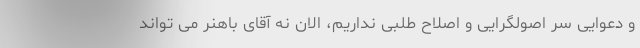
و دعوایی سر اصولگرایی و اصلاح طلبی نداریم، الان نه آقای باهنر می تواند